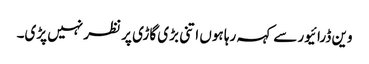
وین ڈرائیور سے کہہ رہا ہوں اتنی بڑی گاڑی پر نظر نہیں پڑی۔